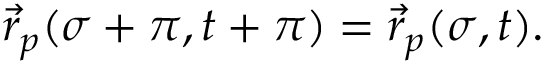
\vec { r } _ { p } ( \sigma + \pi , t + \pi ) = \vec { r } _ { p } ( \sigma , t ) .